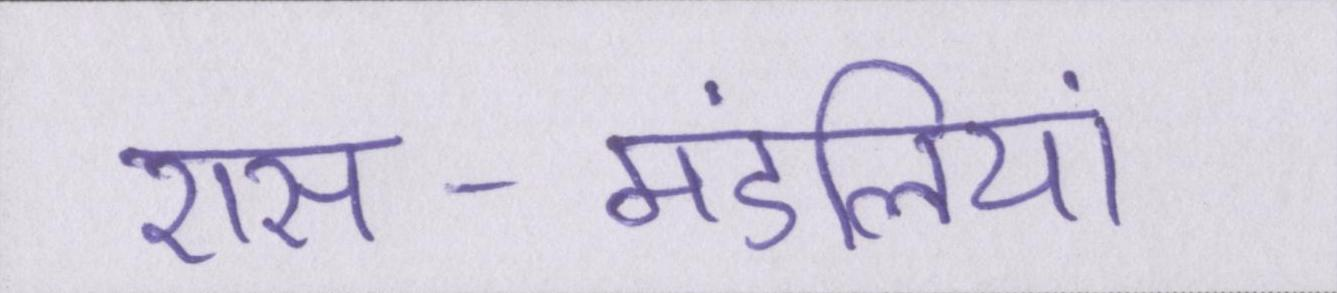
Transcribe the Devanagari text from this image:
रास-मंडलियां